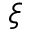
\xi